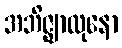
အဘိဇ္ဈာလုနော